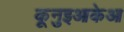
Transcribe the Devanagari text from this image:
कूनुइआकेआ